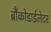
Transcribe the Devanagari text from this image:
ब्रौंकोडाईलेटर